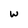
Character: w